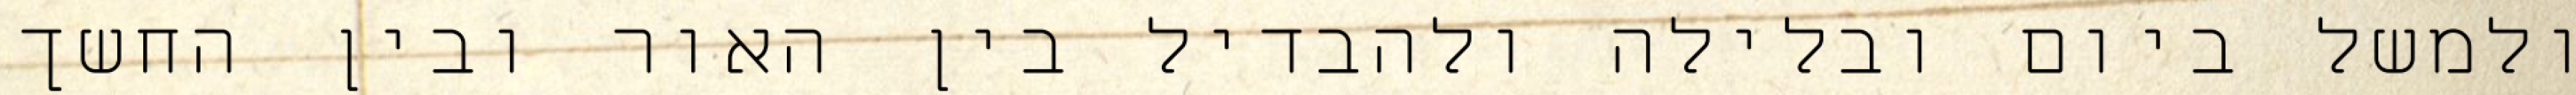
ולמשל ביום ובלילה ולהבדיל בין האור ובין החשך